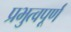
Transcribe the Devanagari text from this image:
प्रभुत्वपूर्ण